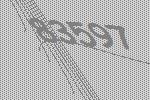
83597